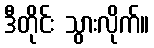
ဒီတိုင်း သွားလိုက်။